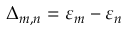
\Delta _ { m , n } = \ensuremath { \varepsilon } _ { m } - \ensuremath { \varepsilon } _ { n }